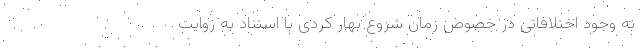
به وجود اختلافاتی در خصوص زمان شروع بهار کُردی با استناد به روایت